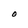
Character: O